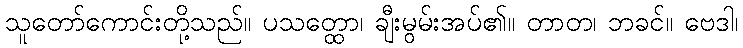
သူတော်ကောင်းတို့သည်။ ပသတ္ထော၊ ချီးမွမ်းအပ်၏။ တာတ၊ ဘခင်။ ဗေဒါ၊